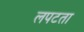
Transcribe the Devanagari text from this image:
लपटता